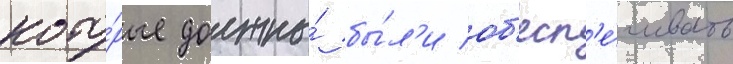
кото́рые должны́ бы́л'и об'есп'е́чивать